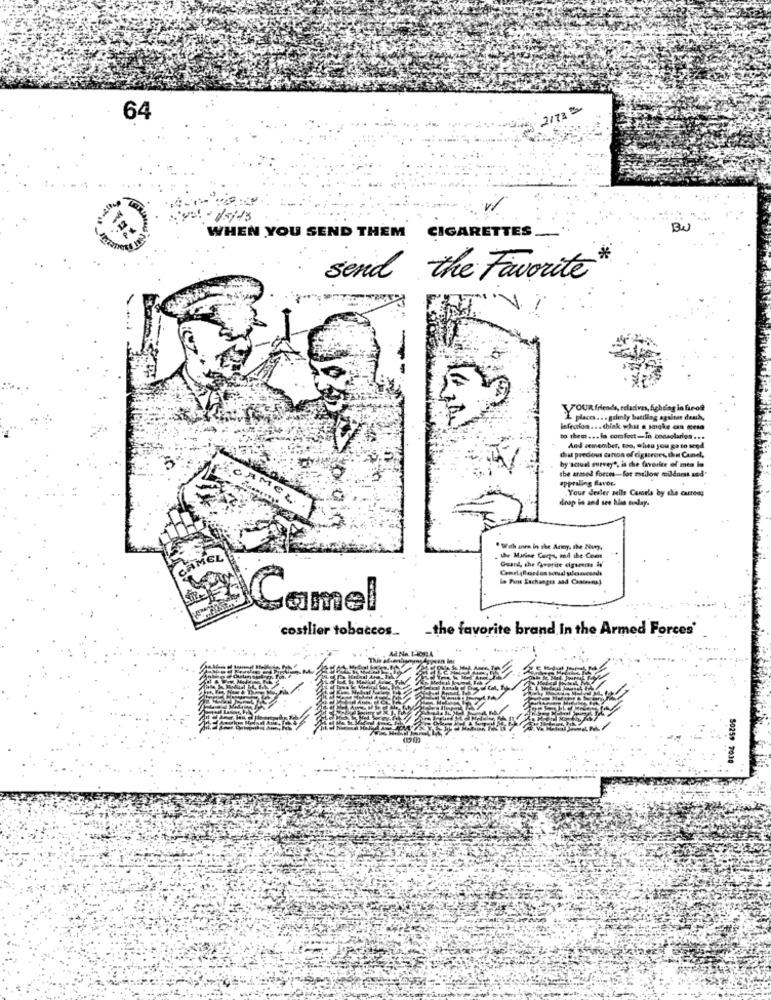
2/73
64
15/13
BU
WHEN YOU SEND THEM
CIGARETTES
.*
send the Favorite
YOUR friends, relatives, Aghdag in far-of
Y places ... grimly battling against den\,
lefeulos ... think what a saiche an cesa
to them ... la comfort-In consolarios ...
And remember, too, when you go to send
deal precious canon of cigurues, then Canel,
by'scual survey", is the favorite of men la
the armed forces-for mellow mildness and"
appealing favor,
Your dealer sells Camels by the carreas
AMEL
drop in and see his today.
" With are in the Anoy, the Nuny.
CAMEL
the Marine Corps, and the Come
la Pois Euchanges and Coinvest
amel
costlier tobaccos_ _ the favorite brand In the Armed Forces'
50259 7030